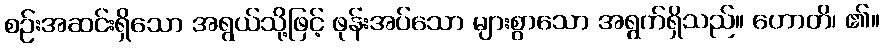
စဉ်းအဆင်းရှိသော အရွယ်သို့ဖြင့် ဖုန်းအပ်သော များစွာသော အရွက်ရှိသည်။ ဟောတိ၊ ၏။